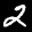
Label: 2